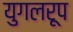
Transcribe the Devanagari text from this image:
युगलरूप